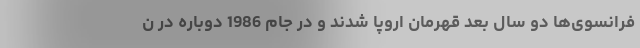
فرانسوی‌ها دو سال بعد قهرمان اروپا شدند و در جام 1986 دوباره در ن